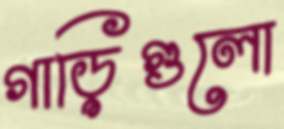
গাড়িগুলো